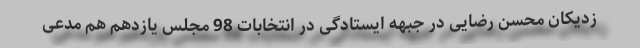
زدیکان محسن رضایی در جبهه ایستادگی در انتخابات 98 مجلس یازدهم هم مدعی